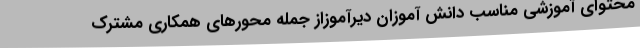
محتوای آموزشی مناسب دانش آموزان دیرآموزاز جمله محورهای همکاری مشترک